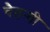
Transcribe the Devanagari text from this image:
चैतन्यी